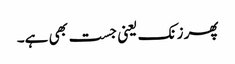
پھر زنک یعنی جست بھی ہے۔